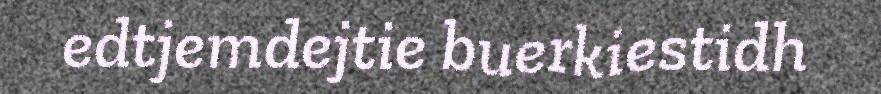
edtjemdejtie buerkiestidh